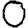
Digit: 0